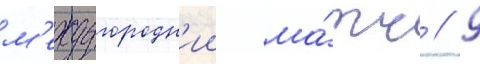
м'еждугородн'ии ма́тч // 9